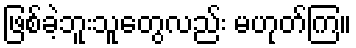
ဖြစ်ခဲ့ဘူးသူတွေလည်း မဟုတ်ကြ။